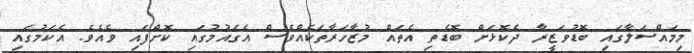
މިމައްސަލާގައި ބޮޑުވަޒީރާ ދެކޮޅަށް ބޮޑެތި އެތައް މުޒާހަރާތަކެއްވެސް އެގައުމުގައި ކޮށްފައި ވެއެވެ. އެކަމުގައި